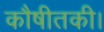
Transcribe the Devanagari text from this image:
कौषीतकी।